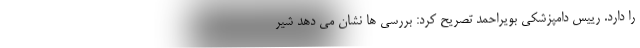
را دارد. رییس دامپزشکی بویراحمد تصریح کرد: بررسی ها نشان می دهد شیر